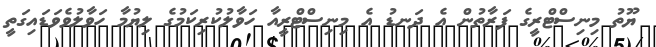
ޔޫތު މިނިސްޓްރީގެ ފަރާތުން އެ ދަނޑު އެ މިނިސްޓްރީއާ ހަވާލުކުރިކަމުގެ ލިޔުމާ ހަވާލުވެވަޑައިގަތީ